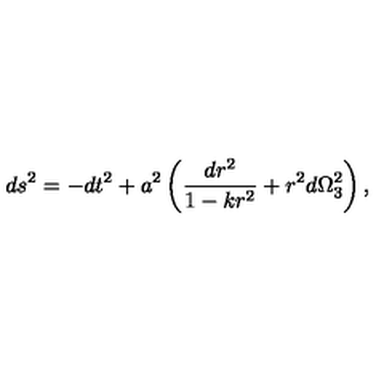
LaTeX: d s ^ { 2 } = - d t ^ { 2 } + a ^ { 2 } \left( { \frac { d r ^ { 2 } } { 1 - k r ^ { 2 } } } + r ^ { 2 } d \Omega _ { 3 } ^ { 2 } \right) ,